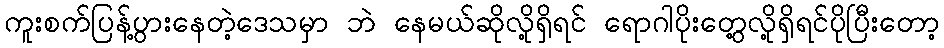
ကူးစက်ပြန့်ပွားနေတဲ့ဒေသမှာ ဘဲ နေမယ်ဆိုလို့ရှိရင် ရောဂါပိုးတွေ့လို့ရှိရင်ပိုပြီးတော့